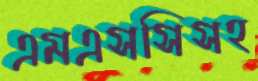
এমএসসিসহ